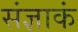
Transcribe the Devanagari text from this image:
संज्ञाकं